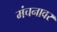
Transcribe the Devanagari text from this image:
मंचनावर